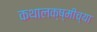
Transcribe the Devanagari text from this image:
कथालक्ष्मीच्या